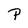
Character: P